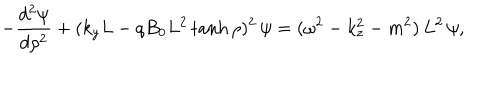
- { \frac { d ^ { 2 } \psi } { d \rho ^ { 2 } } } + ( k _ { y } L - q B _ { 0 } L ^ { 2 } \tanh \rho ) ^ { 2 } \, \psi = ( \omega ^ { 2 } - k _ { z } ^ { 2 } - m ^ { 2 } ) \, L ^ { 2 } \, \psi ,